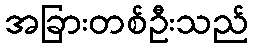
အခြားတစ်ဦးသည်